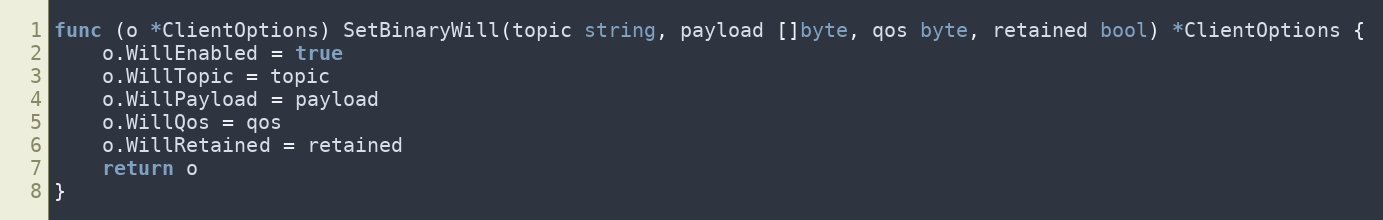
Language: Go
func (o *ClientOptions) SetBinaryWill(topic string, payload []byte, qos byte, retained bool) *ClientOptions {
	o.WillEnabled = true
	o.WillTopic = topic
	o.WillPayload = payload
	o.WillQos = qos
	o.WillRetained = retained
	return o
}